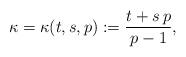
LaTeX: \begin{align*}\kappa=\kappa(t,s,p):=\frac{t+s\,p}{p-1},\end{align*}